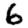
Digit: 6